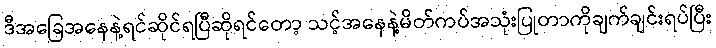
ဒီအခြေအနေနဲ့ရင်ဆိုင်ရပြီဆိုရင်တော့ သင့်အနေနဲ့မိတ်ကပ်အသုံးပြုတာကိုချက်ချင်းရပ်ပြီး